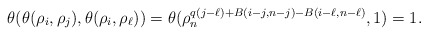
\begin{align*} \theta(\theta(\rho_{i}, \rho_{j}), \theta(\rho_{i}, \rho_{\ell}))=\theta(\rho_n^{q(j-\ell)+B(i-j,n-j)-B(i-\ell,n-\ell)},1)=1.\end{align*}